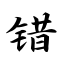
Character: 错